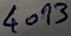
Text: 4093